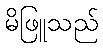
မိဖြူသည်